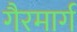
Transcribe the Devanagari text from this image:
गैरमार्ग